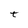
Character: t